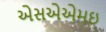
એસએએમઇ